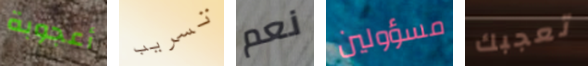
أعجوبة تسريب نعم مسؤولين تعجبك